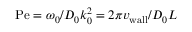
\mathrm { P e } = \omega _ { 0 } / D _ { 0 } k _ { 0 } ^ { 2 } = 2 \pi { v _ { \mathrm { w a l l } } } / D _ { 0 } L